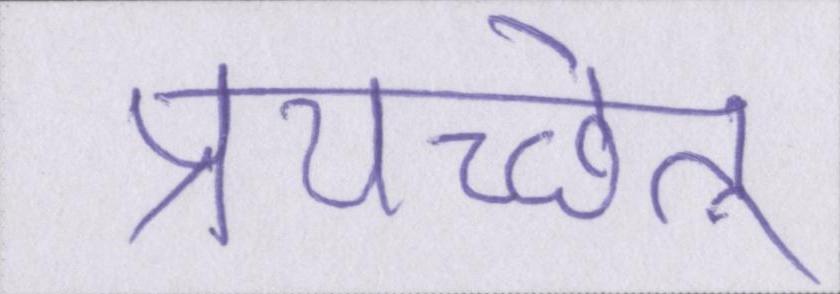
प्रयच्छेत्